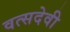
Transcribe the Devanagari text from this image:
वत्सदेवी